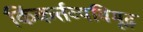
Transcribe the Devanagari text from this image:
किंकर्त्तव्यविमूढ़